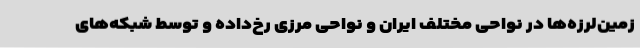
زمین‌لرزه‌ها در نواحی مختلف ایران و نواحی مرزی رخ‌داده و توسط شبکه‌های